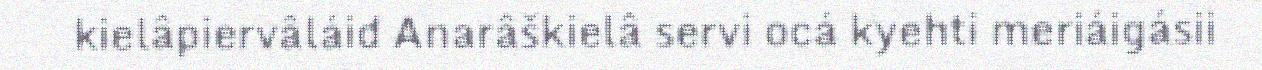
kielâpiervâláid Anarâškielâ servi ocá kyehti meriáigásii